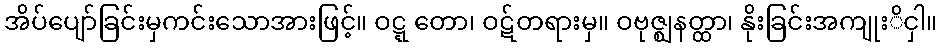
အိပ်ပျော်ခြင်းမှကင်းသောအားဖြင့်။ ဝဋ္ဋ တော၊ ဝဋ်တရားမှ။ ဝဗုဇ္ဈနတ္ထာ၊ နိုးခြင်းအကျုးိငှါ။